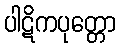
ပါဋိကပုတ္တော